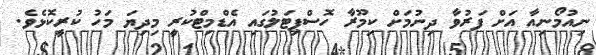
ނިއުމޯނިއާ އަށް ފަރުވާ ދިނުމަށް ކިމޫރާ ހޮސްޕިޓަލުގައި އެޑްމިޓްކުރީ މިދިޔަ މަހު ކުރީކޮޅެވެ.